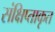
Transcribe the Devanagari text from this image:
संक्षिप्ताकृत